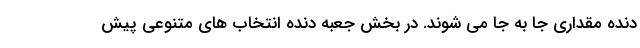
دنده مقداری جا به جا می شوند. در بخش جعبه دنده انتخاب های متنوعی پیش